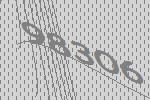
98306